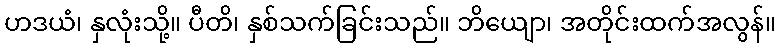
ဟဒယံ၊ နှလုံးသို့။ ပီတိ၊ နှစ်သက်ခြင်းသည်။ ဘိယျော၊ အတိုင်းထက်အလွန်။